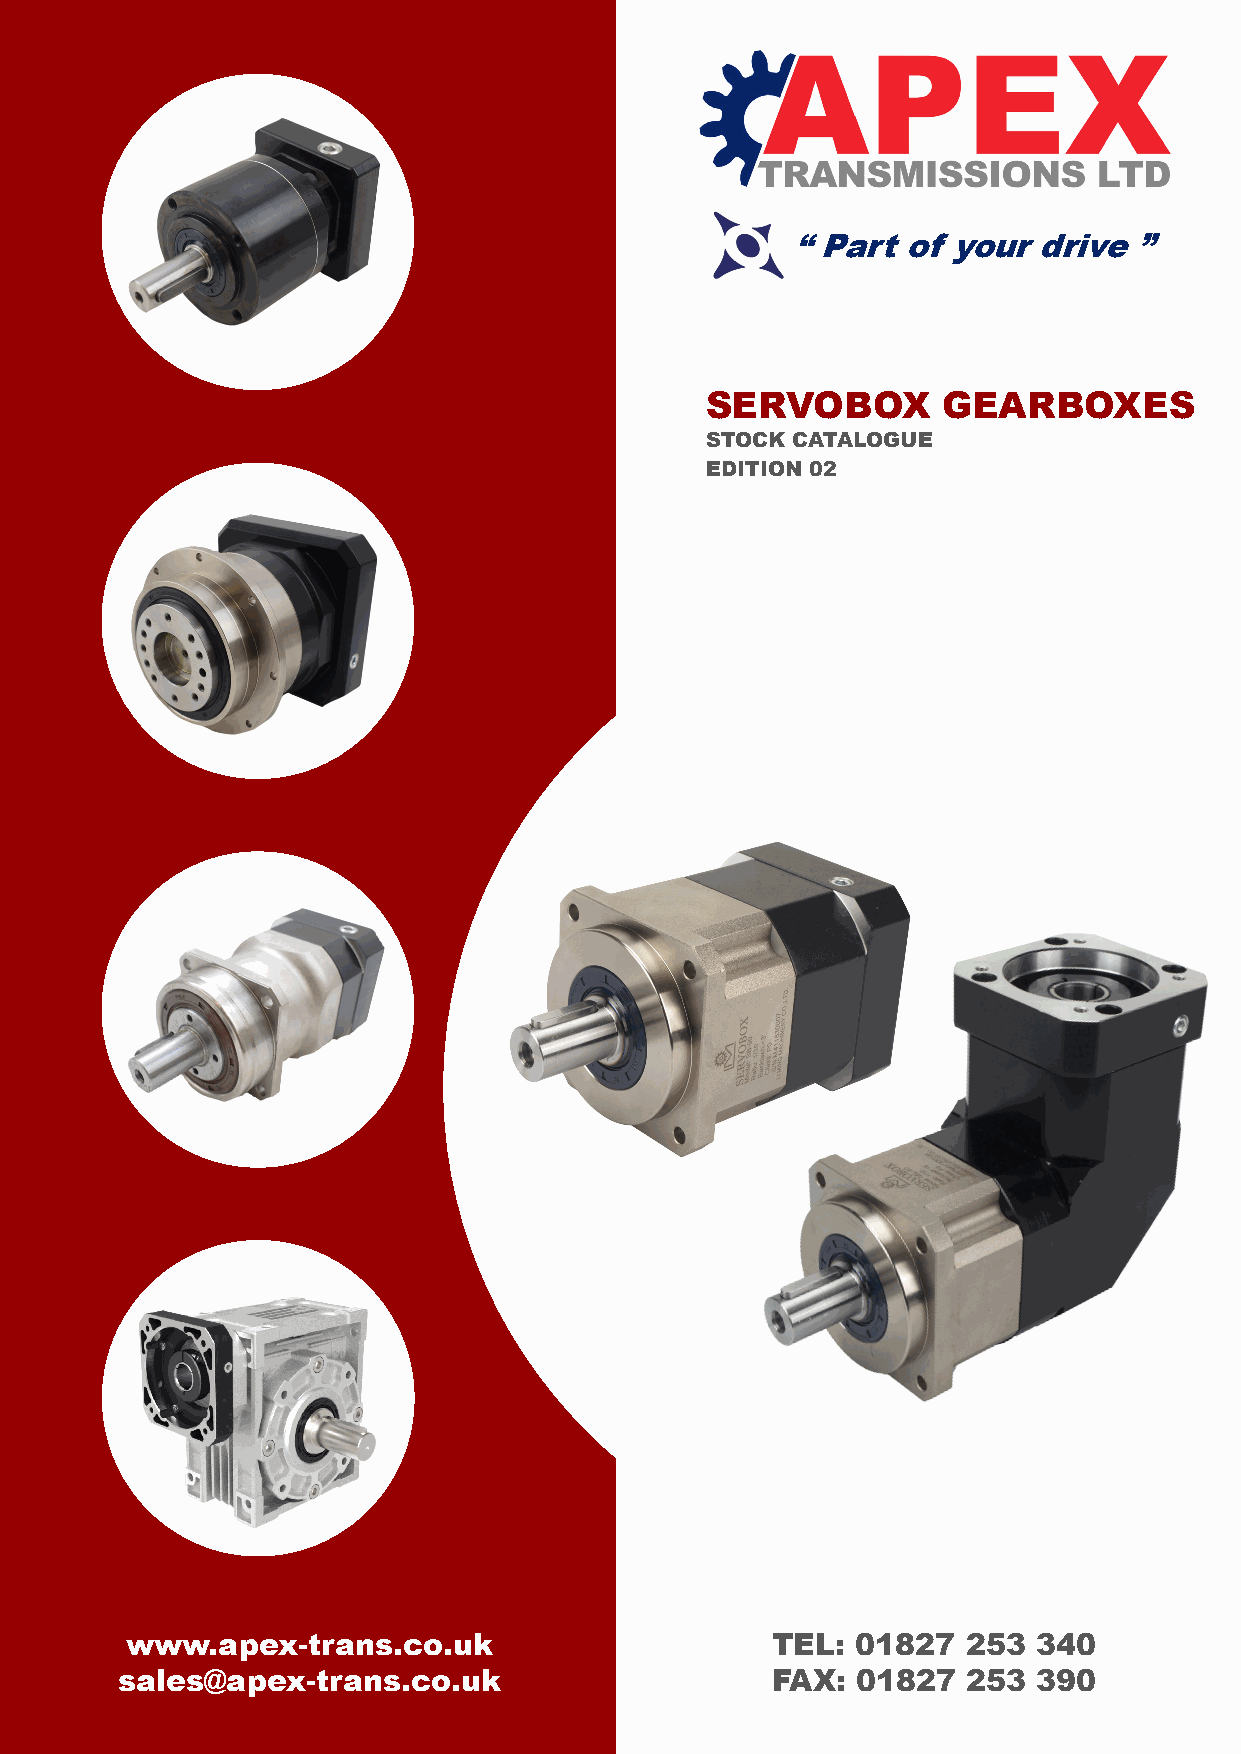
“ Part  of your  drive ”
 SERVOBOX       GEARBOXES
 STOCK CATALOGUE
 EDITION 02
 www.apex-trans.co.uk                       TEL:  01827  253  340
 sales@apex-trans.co.uk                     FAX:  01827  253  390